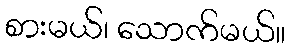
စားမယ်၊ သောက်မယ်။